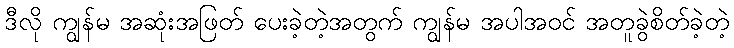
ဒီလို ကျွန်မ အဆုံးအဖြတ် ပေးခဲ့တဲ့အတွက် ကျွန်မ အပါအဝင် အတူခွဲစိတ်ခဲ့တဲ့